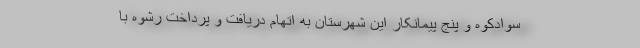
سوادکوه و پنج پیمانکار این شهرستان به اتهام دریافت و پرداخت رشوه با